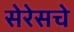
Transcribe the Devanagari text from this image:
सेरेसचे